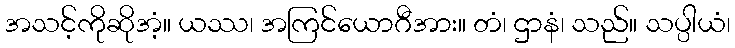
အသင့်ကိုဆိုအံ့။ ယဿ၊ အကြင်ယောဂီအား။ တံ၊ ဌာနံ၊ သည်။ သပ္ပါယံ၊